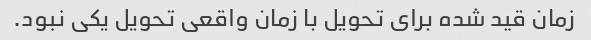
زمان قید شده برای تحویل با زمان واقعی تحویل یکی نبود.